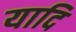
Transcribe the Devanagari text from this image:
यादि